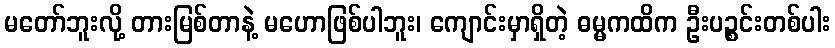
မတော်ဘူးလို့ တားမြစ်တာနဲ့ မဟောဖြစ်ပါဘူး၊ ကျောင်းမှာရှိတဲ့ ဓမ္မကထိက ဦးပဉ္စင်းတစ်ပါး